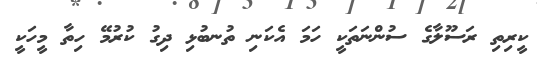
ކީރިތި ރަސޫލާގެ ސުންނަތަކީ ހަމަ އެކަނި ތުނބުޅި ދިގު ކުރުމޭ ހިތާ މީހަކީ